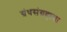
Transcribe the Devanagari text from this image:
ग्रंथसंग्रहाचा